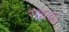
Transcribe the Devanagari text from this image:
सन्नद्धः